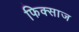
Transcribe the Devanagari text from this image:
फिक्साज